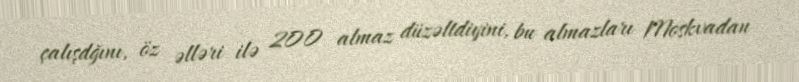
çalışdğını, öz əlləri ilə 200 almaz düzəltdiyini, bu almazları Moskvadan